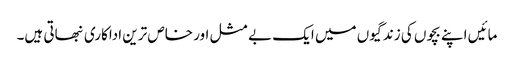
مائیں اپنے بچوں کی زندگیوں میں ایک بے مثل اور خاص ترین اداکاری نبھاتی ہیں۔